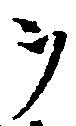
ヲ